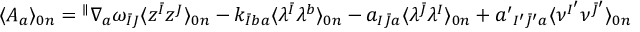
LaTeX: \langle { \cal A } _ { a } \rangle _ { 0 n } = { } ^ { \parallel } \nabla _ { a } \omega _ { \bar { I } J } \langle z ^ { \bar { I } } z ^ { J } \rangle _ { 0 n } - k _ { \bar { I } b a } \langle \lambda ^ { \bar { I } } \lambda ^ { b } \rangle _ { 0 n } - a _ { I \bar { J } a } \langle \lambda ^ { \bar { J } } \lambda ^ { I } \rangle _ { 0 n } + a ^ { \prime } { } _ { I ^ { \prime } \bar { J } ^ { \prime } a } \langle \nu ^ { I ^ { \prime } } \nu ^ { \bar { J } ^ { \prime } } \rangle _ { 0 n }